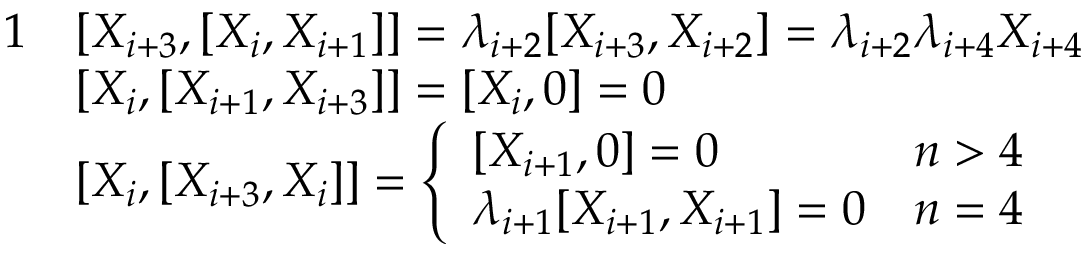
\begin{array} { r l } { { 1 } } & { [ X _ { i + 3 } , [ X _ { i } , X _ { i + 1 } ] ] = \lambda _ { i + 2 } [ X _ { i + 3 } , X _ { i + 2 } ] = \lambda _ { i + 2 } \lambda _ { i + 4 } X _ { i + 4 } } \\ & { [ X _ { i } , [ X _ { i + 1 } , X _ { i + 3 } ] ] = [ X _ { i } , 0 ] = 0 } \\ & { [ X _ { i } , [ X _ { i + 3 } , X _ { i } ] ] = \left\{ \begin{array} { l l } { [ X _ { i + 1 } , 0 ] = 0 } & { n > 4 } \\ { \lambda _ { i + 1 } [ X _ { i + 1 } , X _ { i + 1 } ] = 0 } & { n = 4 } \end{array} \right. } \end{array}